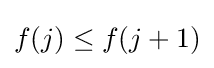
f(j)\leq f(j+1)